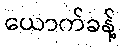
ယောက်ခန့်